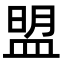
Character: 盟